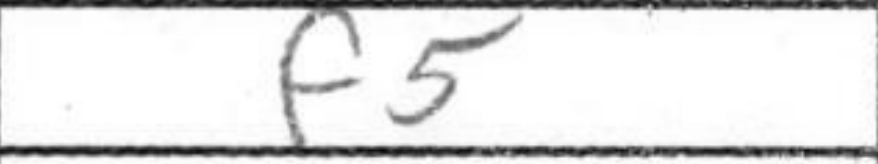
Transcription: f5